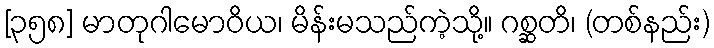
[၃၅၈] မာတုဂါမောဝိယ၊ မိန်းမသည်ကဲ့သို့။ ဂစ္ဆတိ၊ (တစ်နည်း)